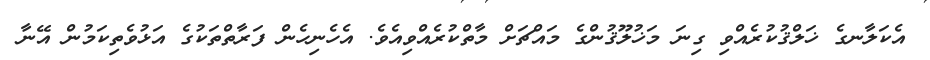
އެކަލާނގެ ޚަލްޤުކުރެއްވި ގިނަ މަޚުލޫޤުންގެ މައްޗަށް މާތްކުރެއްވިއެވެ. އެހެނިހެން ފަރާތްތަކުގެ އަޅުވެތިކަމުން އޭނާ